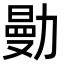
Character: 𠢝